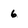
Character: 6